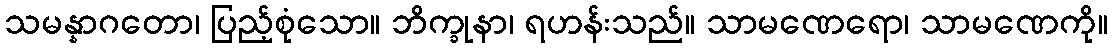
သမန္နာဂတော၊ ပြည့်စုံသော။ ဘိက္ခုနာ၊ ရဟန်းသည်။ သာမဏေရော၊ သာမဏေကို။